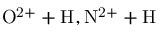
\mathrm { O ^ { 2 + } + H , N ^ { 2 + } + H }